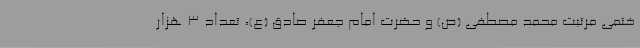
ختمی مرتبت محمد مصطفی (ص) و حضرت امام جعفر صادق (ع)، تعداد 3 هزار